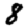
Digit: 8